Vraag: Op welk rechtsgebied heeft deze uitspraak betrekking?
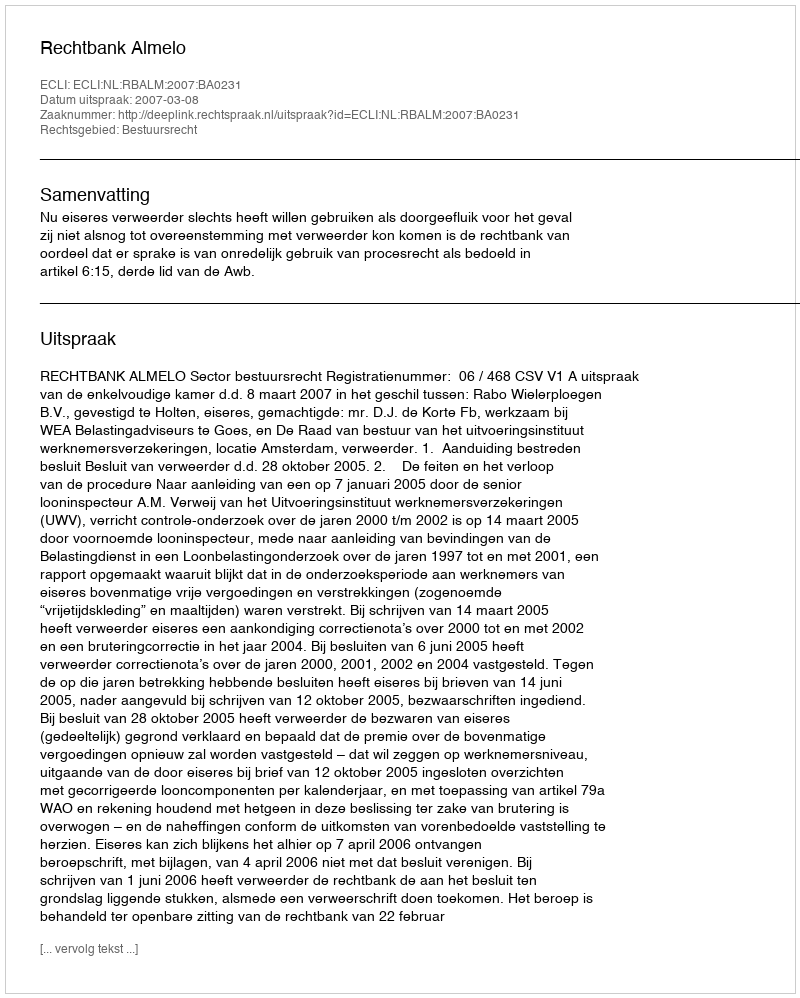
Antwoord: Bestuursrecht